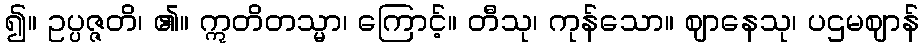
၍။ ဥပ္ပဇ္ဇတိ၊ ၏။ ဣတိတသ္မာ၊ ကြောင့်။ တီသု၊ ကုန်သော။ ဈာနေသု၊ ပဌမဈာန်